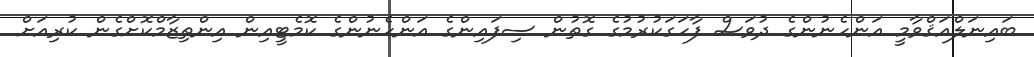
ބައިނަލްއަޤްވާމީ އަންހެނުންގެ ދުވަސް ފާހަގަކުރުމުގެ ގޮތުން ސިފައިންގެ އަންހެނުންގެ ކޮމެޓީއިން އިންތިޒާމްކޮށްގެން ކުރިއަށް